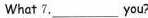
What 7.___ you?